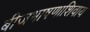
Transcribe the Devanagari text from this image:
बीजभाषणाशिवाय